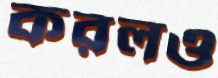
করলও